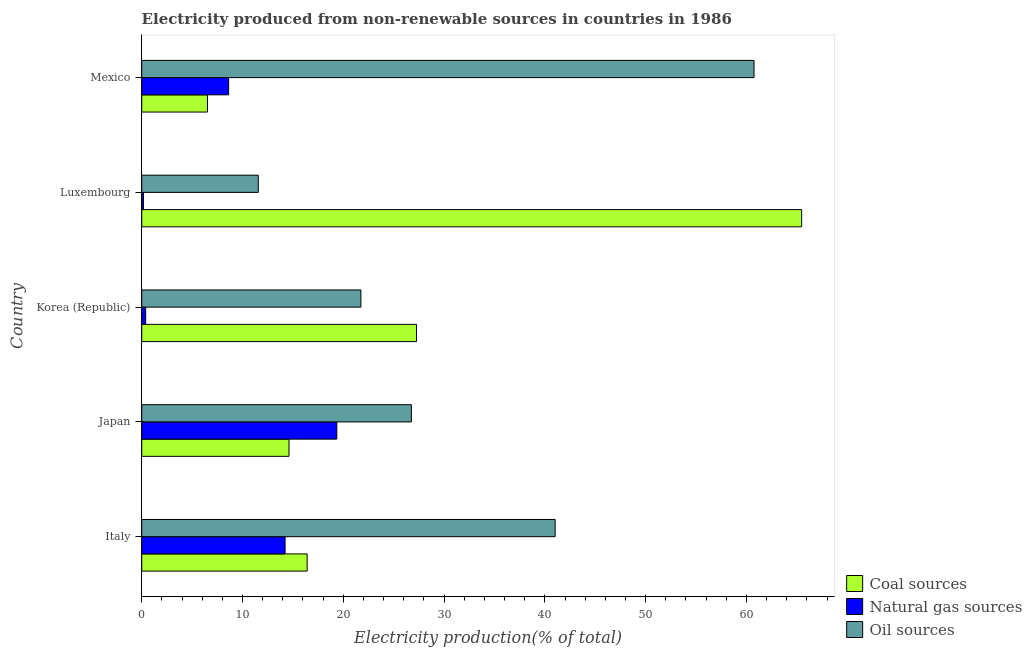
| Country | Coal sources | Natural gas sources | Oil sources |
 | --- | --- | --- | --- |
 | Italy | 16.4 | 14.2 | 41 |
 | Japan | 14.6 | 19.4 | 26.8 |
 | Korea (Republic) | 27.3 | 0.391 | 21.7 |
 | Luxembourg | 65.5 | 0.17 | 11.6 |
 | Mexico | 6.52 | 8.62 | 60.8 |